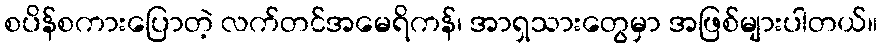
စပိန်စကားပြောတဲ့ လက်တင်အမေရိကန်၊ အာရှသားတွေမှာ အဖြစ်များပါတယ်။